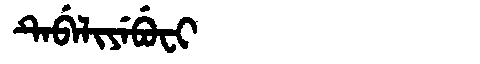
Manchu: ᡨᡝᠪᡝᠯᡳᠶᡝᠪᡠᠸᡳ
Romanization: TEBELIYEBUFI